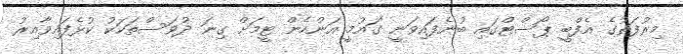
މިރުފަތުގެ އެފްބީ ޕޯސްޓްގައި ބުނެފައިވަނީ ގައުމީ އަންހެން ޓީމަށް ގިނަ ދުވަސްތަކަކު ކުޅެފައިވާއިރު